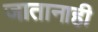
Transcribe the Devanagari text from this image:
जातानाही